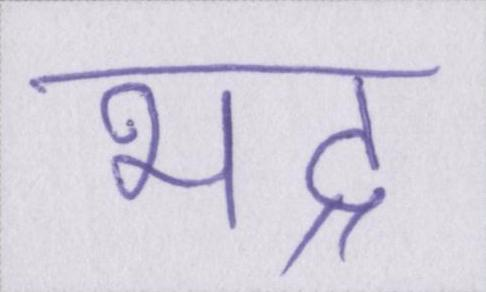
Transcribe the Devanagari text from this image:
भद्र